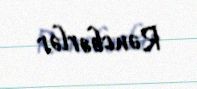
Rəncbərlər